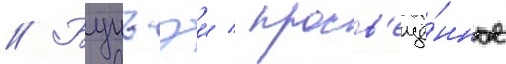
// Бунъэи / просв'ещё́нное